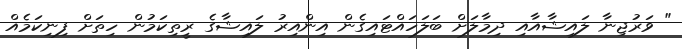
" ވަރުޖިނާ ލައިޝާއާއި ދިމާލަށް ބަލަހައްޓައިގެން އިންއިރު ލައިޝާގެ ރީތިކަމުން ހިތަށް ފިނިކަމެއް